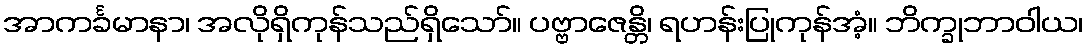
အာကင်္ခမာနာ၊ အလိုရှိကုန်သည်ရှိသော်။ ပဗ္ဗာဇေန္တိ၊ ရဟန်းပြုကုန်အံ့။ ဘိက္ခုဘာဝါယ၊